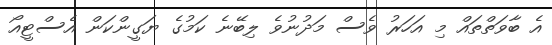
އެ ބާވަތްތައް މި އަހަރު ވެސް މަދުނުވެ ލިބޭނެ ކަމުގެ ޔަގީންކަން އެސްޓީއޯ